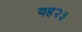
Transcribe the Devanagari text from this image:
यह२३